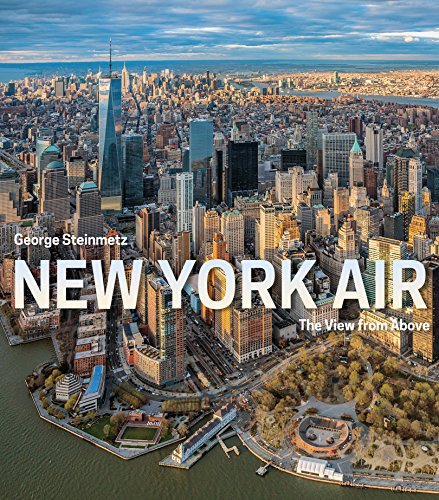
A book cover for New York Air: The View From Above; George Steinmetz; Arts & Photography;